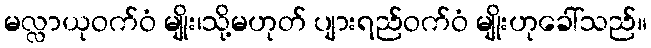
မလ္လာယုဝက်ဝံ မျိုး၊သို့မဟုတ် ပျားရည်ဝက်ဝံ မျိုးဟုခေါ်သည်။